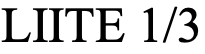
LIITE 1/3